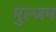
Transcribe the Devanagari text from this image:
मुल्जम